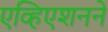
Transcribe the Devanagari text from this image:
एव्हिएशनने